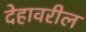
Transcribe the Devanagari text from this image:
देहावरील